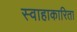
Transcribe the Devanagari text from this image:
स्वाहाकारिता